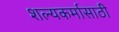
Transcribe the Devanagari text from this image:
शल्यकर्मासाठी